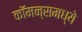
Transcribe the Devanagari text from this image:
कॉमन्समध्ये